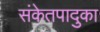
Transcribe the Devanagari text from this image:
संकेतपादुका